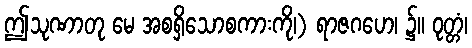
ဤသုဏာတု မေ အစရှိသောစကားကို၊) ရာဇဂဟေ၊ ၌။ ဝုတ္တံ၊